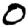
Digit: 0